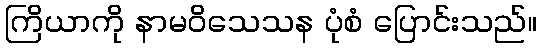
ကြိယာကို နာမဝိသေသန ပုံစံ ပြောင်းသည်။